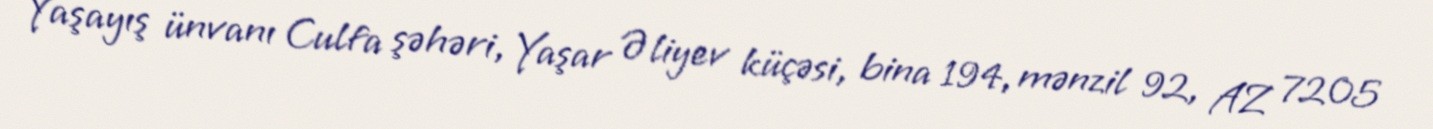
Yaşayış ünvanı Culfa şəhəri, Yaşar Əliyev küçəsi, bina 194, mənzil 92, AZ 7205